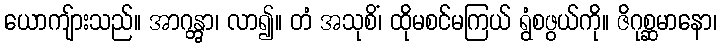
ယောကျ်ားသည်။ အာဂန္တွာ၊ လာ၍။ တံ အသုစိံ၊ ထိုမစင်မကြယ် ရွံစဖွယ်ကို။ ဇိဂုစ္ဆမာနော၊